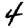
Digit: 4